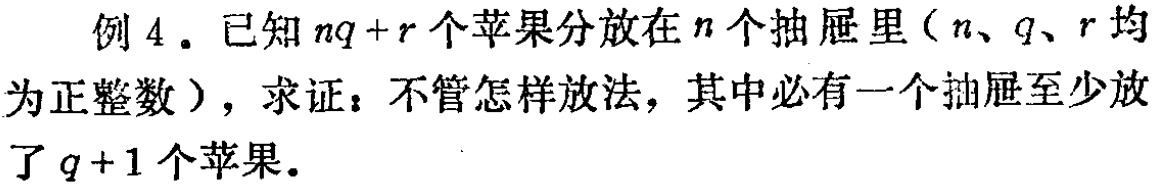
例4. 已知\(nq + r\)个苹果分放在\(n\)个抽屉里（\(n\)、\(q\)、\(r\)均为正整数），求证：不管怎样放法，其中必有一个抽屉至少放了\(q + 1\)个苹果。